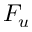
F _ { u }